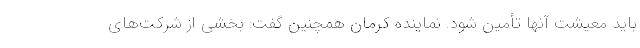
باید معیشت آنها تأمین شود. نماینده کرمان همچنین گفت: بخشی از شرکت‌های